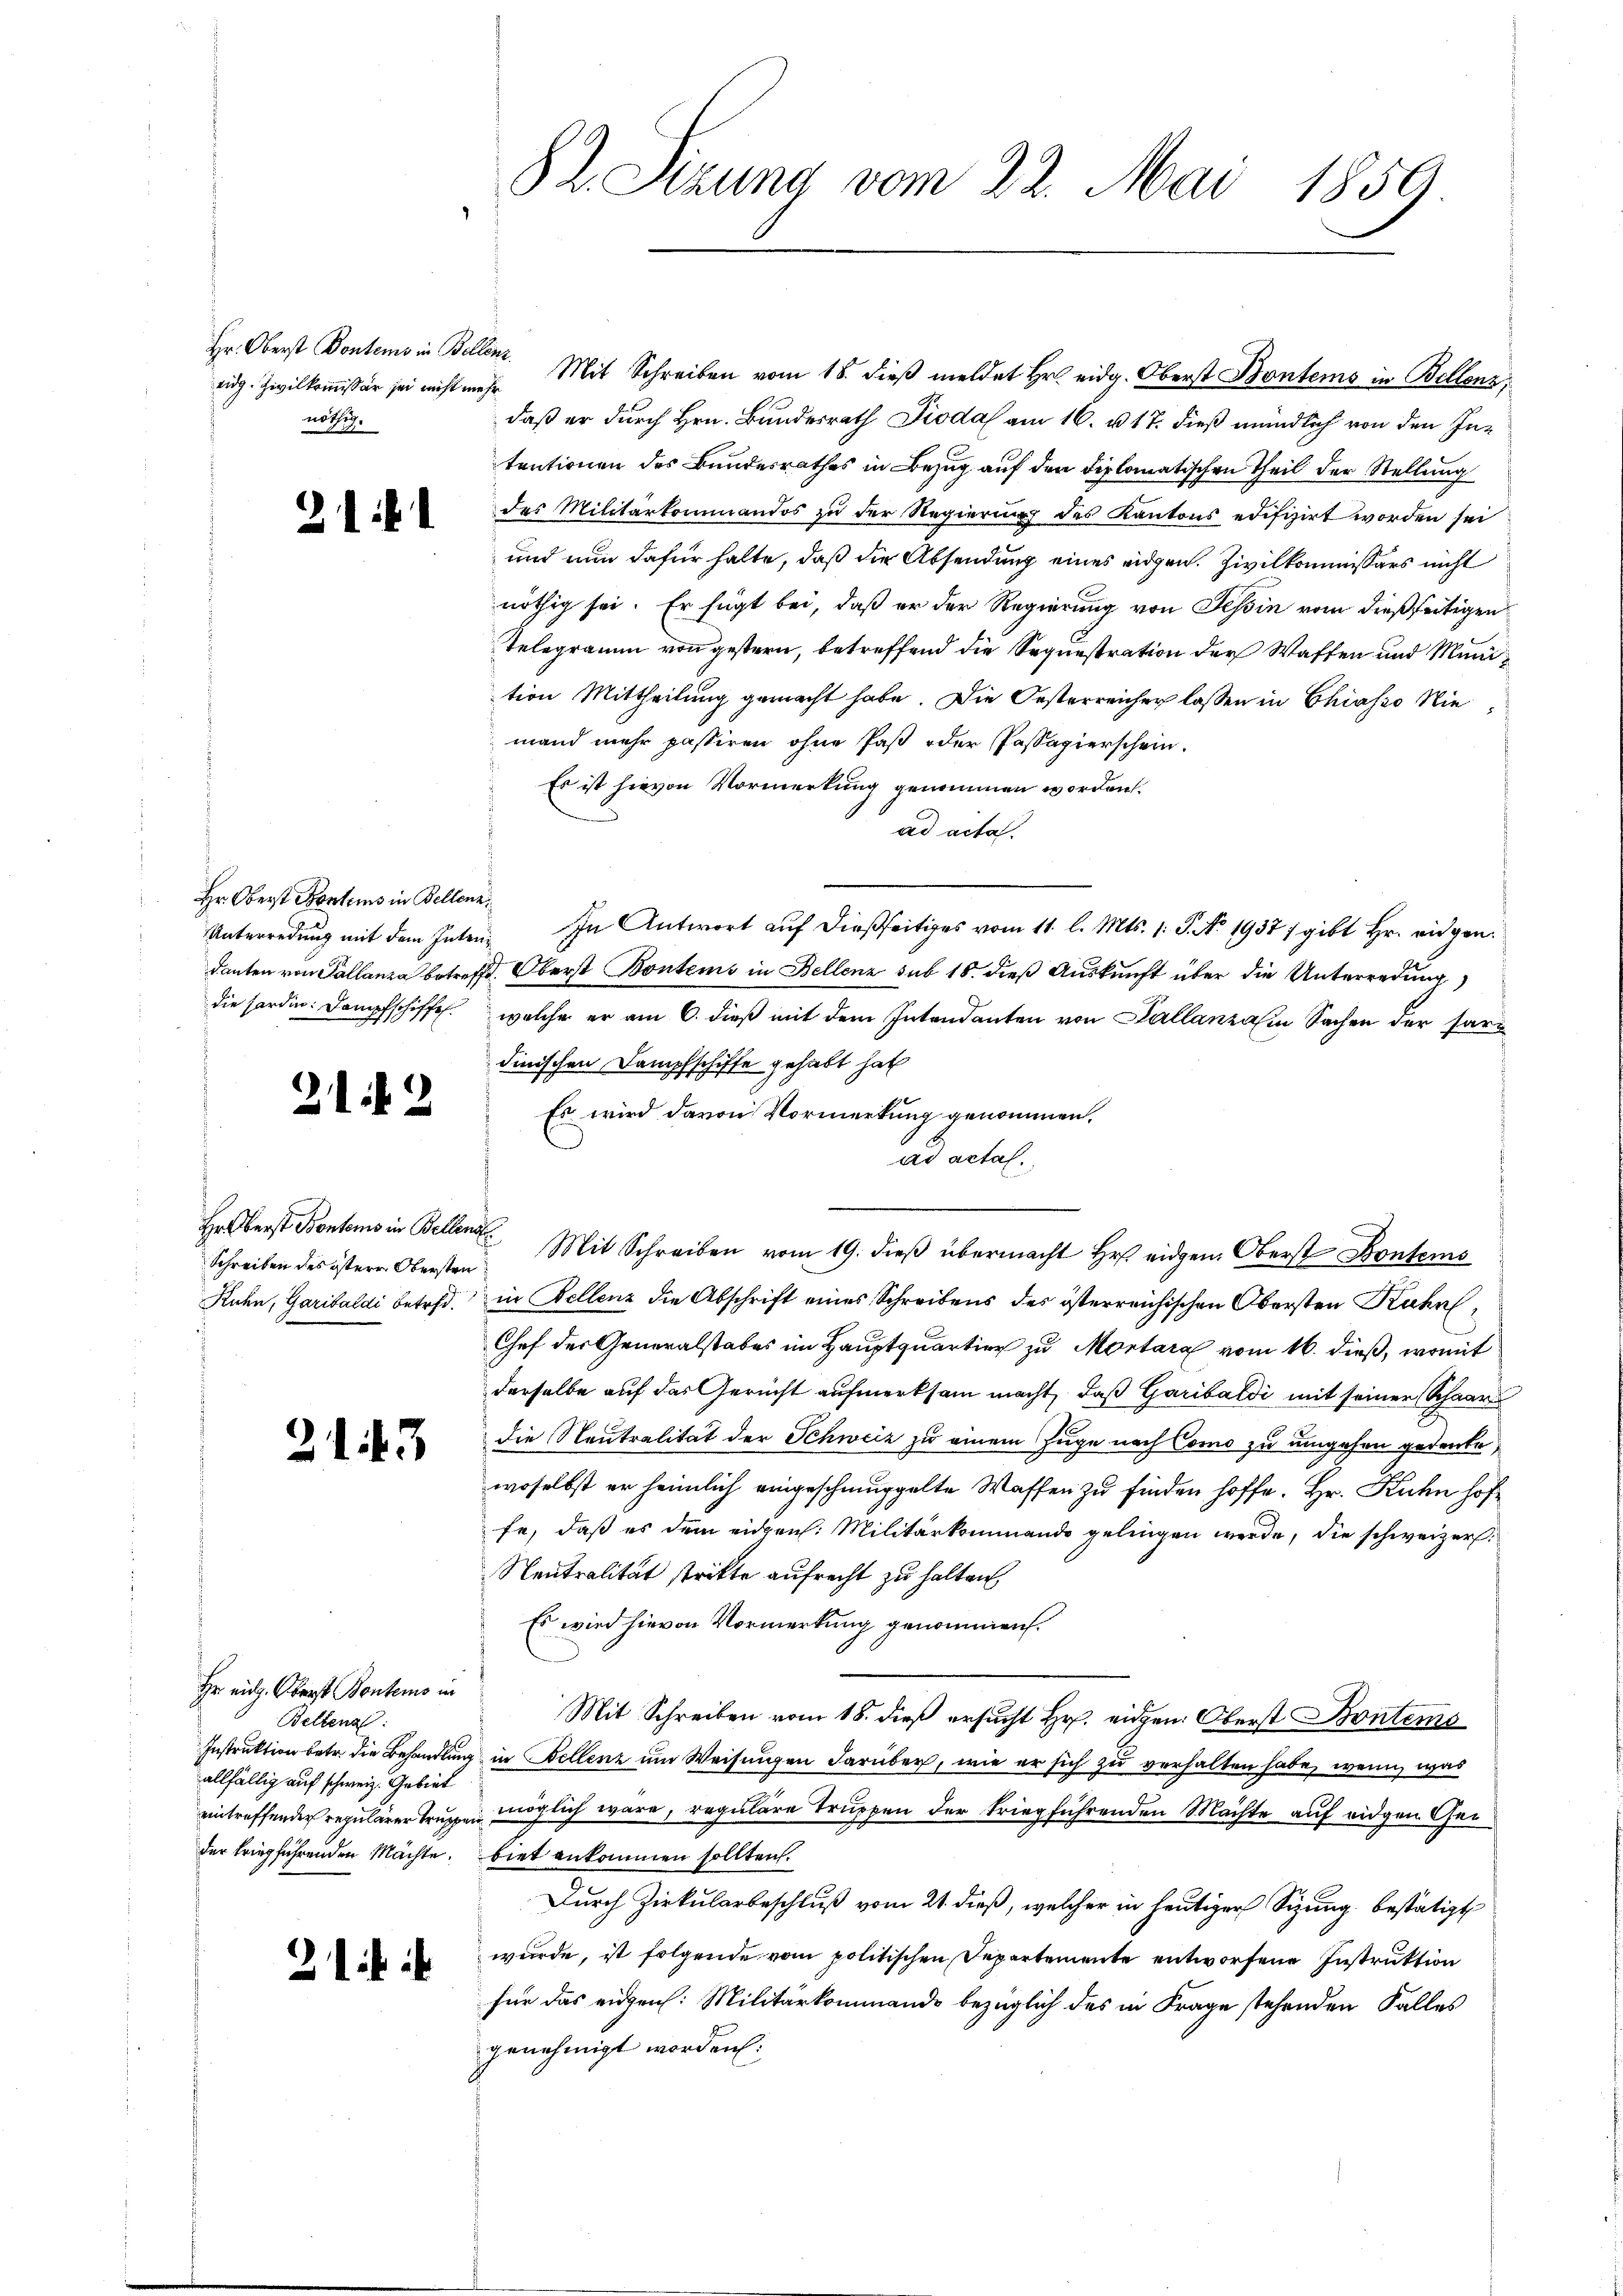
eidg. Zivilkommissär sei nicht mehr
nöthig.

.

Hr. Oberst Fontems in Bellenz,
die sardin: Dampfschiffe

21 f 2

Schreiben des österr. Obersten

213

Hr. eidg. Oberst Bontems in
Bettena
allfällig auf schweiz. Gebiet
der kriegführenden Mächte.

21 f

82. Sizung vom 22. Mai 1859

Hr. Oberst Pontems in Bellen. Mit Schreiben vom 18. dieβ meldet Hr. eidg. Oberst Bontems in Bellenz,
daß er durch Hrn. Bundesrath Dioda am 16. u. 17. dieß mündlich von den Intentionen des Bundesrathes in Bezug auf den diplomatischen Theil der Stellung
des Militärkommandos zu der Regierung des Kantons edifizirt worden sei
und nun dafür halte, daß die Absendung eines eidgen. Zivilkommissärs nicht
nöthig sei. Er fügt bei, daß er der Regierung von Tessin vom dießseitigen
Telegramm von gestern, betreffend die Sequestration der Waffen und Munition Mittheilung gemacht habe. Die Oesterreicher lassen in Chiasso Niemand mehr passiren ohne Paß oder Passapierschein.
Es ist hievon Vormerkung genommen worden.
ad acta.
Unterredung mit dem Inten. In Antwort auf dießseitiges vom 11. l. Mts. 1. J. No. 1937 / gibt Hr. eidgen.
danten von Pallanza betreffe. Oberst Bontems in Bellenz sub 18. dieß Auskunft über die Unterredung)
welche er am 6. dieß mit dem Intendanten von Kállanzain Sachen der Pari
dinischen Dampfschiffe gehabt hat
 Es wird davon Vormerkung genommen.
ad actal.
Hr Oberst Bentens in Bellen Mit Schreiben vom 19. dieβ übermacht Hr. eidgen. Oberst Kontems
Ruhn, Garibaldi betr. in Bellenz die Abschrift eines Schreibens des österreichischen Obersten Kuhn,
Chef der Generalstabes im Hauptquartier zu Montara vom 16. dieß, womit
derselbe auf das Gericht aufmerksam macht, daß Garibaldi mit seiner Schaar
die Neutralität der Schweiz zu einem Zuge nach Como zu umgehen gedenke,
woselbst er heimlich eingeschmuggelte Waffen zu finden hoffe. Hr. Kuhn hoffe, daß es dem eidgen. Militärkommando gelingen werde, die schweizer
Neutralität strikte aufrecht zu halten
Es wird hievon Vormerkung genommen.
Mit Schreiben vom 18. dieß ersucht Hr. eidgen. Oberst Bonteme
Instruktion betr. die Behandlung in Bellenz um Weisungen darüber, wie er sich zu verhalten habe, wenn was
eintreffender repulärer Truppen möglich wäre, regulare Truppen der kriegführenden Mächte auf eidgen Gebiet ankommen sollten.
Durch Zirkularbeschluß vom 21. dieß, welcher in heutiger Sizung bestätigt
wurde, ist folgende vom politischen Departemente entworfene Instruktion
für das eidgen: Militärkommando bezüglich des in Frage stehenden Falles
genehmigt worden: